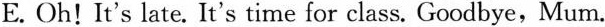
E. Oh! It's late. It's time for class. Goodbye,Mum.